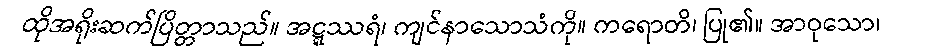
ထိုအရိုးဆက်ပြိတ္တာသည်။ အဋ္ဋဿရံ၊ ကျင်နာသောသံကို။ ကရောတိ၊ ပြု၏။ အာဝုသော၊